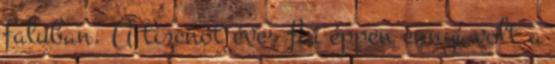
faluban. A tizenöt éves fiú éppen ennyi volt a